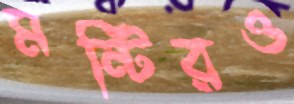
মন্টিরও